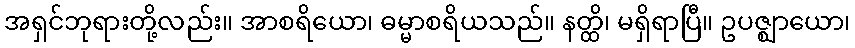
အရှင်ဘုရားတို့လည်း။ အာစရိယော၊ ဓမ္မာစရိယသည်။ နတ္ထိ၊ မရှိရာပြီ။ ဥပဇ္ဈာယော၊